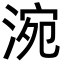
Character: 涴